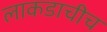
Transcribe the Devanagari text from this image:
लाकडाचीच